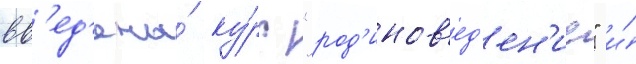
вв'ед'ены́ ку́рс "род'инов'ед'ен'ие" и́